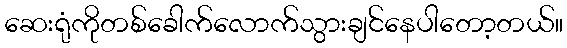
ဆေးရုံကိုတစ်ခေါက်လောက်သွားချင်နေပါတော့တယ်။